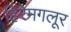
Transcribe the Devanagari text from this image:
हिरेमगलूर